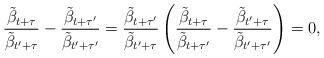
LaTeX: \begin{align*}\frac{\tilde{\beta}_{t+\tau}}{\tilde{\beta}_{t'+\tau}}-\frac{\tilde{\beta}_{t+\tau'}}{\tilde{\beta}_{t'+\tau'}}=\frac{\tilde{\beta}_{t+\tau'}}{\tilde{\beta}_{t'+\tau}}\left(\frac{\tilde{\beta}_{t+\tau}}{\tilde{\beta}_{t+\tau'}}-\frac{\tilde{\beta}_{t'+\tau}}{\tilde{\beta}_{t'+\tau'}}\right)=0,\end{align*}